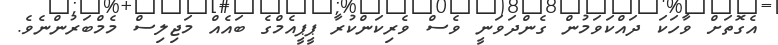
އެގޮތަށް ވާހަކަ ދައްކަވަމުން ގެންދަވަނީ ވެސް ވެރިކަންކުރާ ޕީޕީއެމްގެ ބައެއް މަޖިލިސް މެމްބަރުންނެވެ.